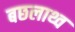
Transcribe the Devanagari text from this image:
बछलाथ्व